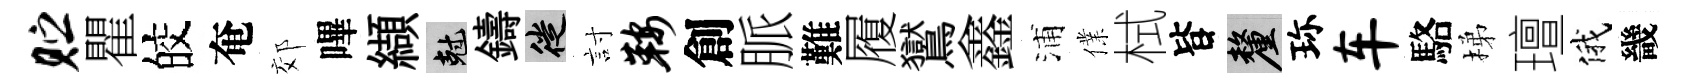
贮瞿皎奄郊嗶纈剋鑄徙討鞍創脈難履鸑鑫浦㒒栻𣅜厘珎车駱梯璮俄畿